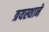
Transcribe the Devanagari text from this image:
त्रयस्थाने